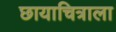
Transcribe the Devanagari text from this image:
छायाचित्राला